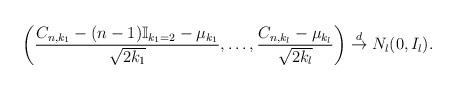
LaTeX: \begin{align*}\left( \frac{C_{n,k_{1}}- (n-1)\mathbb{I}_{k_{1}=2}-\mu_{k_1}}{\sqrt{2k_{1}}}, \ldots, \frac{C_{n,k_{l}}-\mu_{k_{l}}}{\sqrt{2k_{l}}} \right) \stackrel{d}{\to} N_{l}(0, I_{l}).\end{align*}